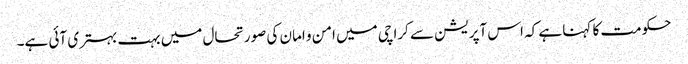
حکومت کا کہنا ہے کہ اس آپریشن سے کراچی میں امن و امان کی صورتحال میں بہت بہتری آئی ہے۔